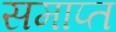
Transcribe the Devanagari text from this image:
समाप्त